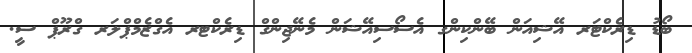
ބޯޑު ޑިރެކްޓަރ އޭޝިއަން ބޭންކިންގ އެސޯސިއޭޝަން މެނޭޖިންގް ޑިރެކްޓރ އެގްޒެމްޕްލަރ ގްރޫޕް ސީ.